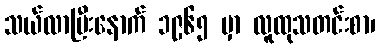
သယ်လာပြီးနောက် ၁၉၆၅ မှာ လူထုသတင်းစာ၊